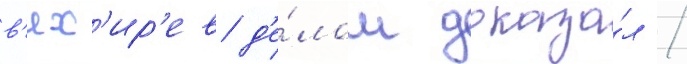
в'ях'ир'ев д'е́лом доказа́л /